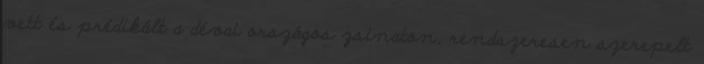
vett és prédikált a dévai országos zsinaton, rendszeresen szerepelt